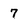
Character: 7